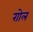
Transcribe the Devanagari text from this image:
राोल